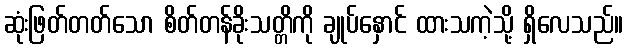
ဆုံးဖြတ်တတ်သော စိတ်တန်ခိုးသတ္တိကို ချုပ်နှောင် ထားသကဲ့သို့ ရှိလေသည်။